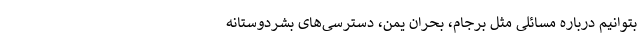
بتوانیم درباره مسائلی مثل برجام، بحران یمن، دسترسی‌های بشردوستانه